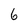
Character: 6